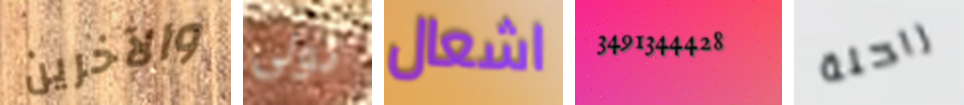
والآخرين تولى اشعال 3491344428 راحلة